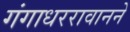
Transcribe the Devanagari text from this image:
गंगाधररावानने